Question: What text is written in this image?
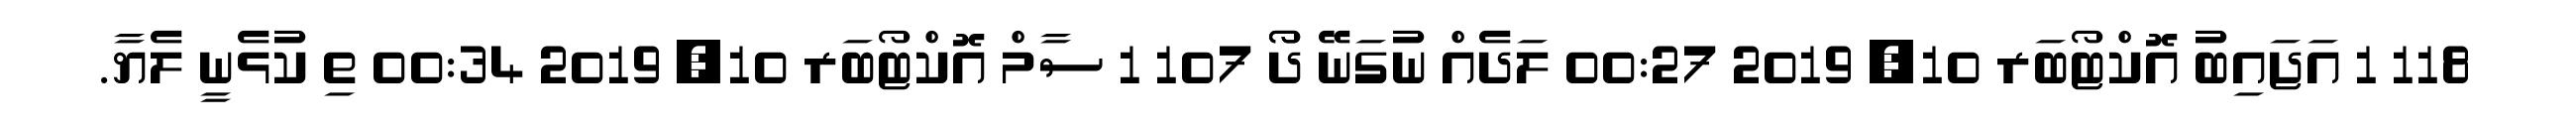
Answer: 118 1 އަޖައިބު އޮކްޓޯބަރ 10, 2019 00:27 ލަދެއް ނުގަނޭ ދޯޯ 107 1 ސާމް އޮކްޓޯބަރ 10, 2019 00:34 ތި ކުޅެނީ ލެޔާ.